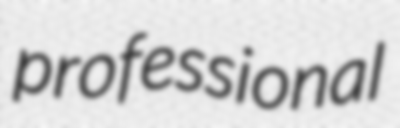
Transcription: professional